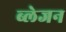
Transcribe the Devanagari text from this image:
ब्लेजन